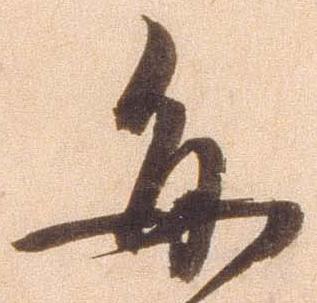
毎